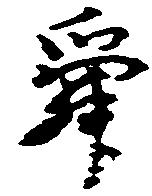
舜